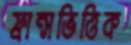
ফ্রান্সভিত্তিক